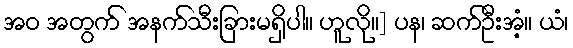
အဝ အတွက် အနက်သီးခြားမရှိပါ။ ဟူလို။] ပန၊ ဆက်ဦးအံ့။ ယံ၊